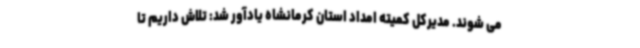
می شوند. مدیرکل کمیته امداد استان کرمانشاه یادآور شد: تلاش داریم تا